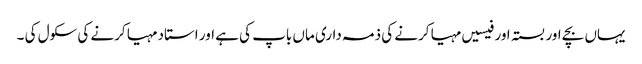
یہاں بچے اور بستہ اور فیسیں مہیا کرنے کی ذمہ داری ماں باپ کی ہے اور استاد مہیا کرنے کی سکول کی ۔